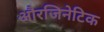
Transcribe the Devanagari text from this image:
औरजिनेटिक